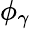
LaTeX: \phi_{\gamma}